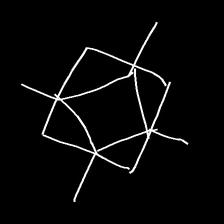
Glyph: light